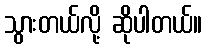
သွားတယ်လို့ ဆိုပါတယ်။